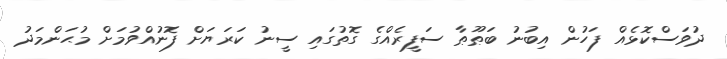
ދުވަސްކޮޅެއް ފަހުން އިބުނު ބަޠޫޠާ ސަފީރެއްގެ ގޮތުގައި ސީނު ކަރަޔަށް ފޮނުއްވުމަށް މުޙަންމަދު